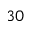
3 0